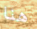
هنا